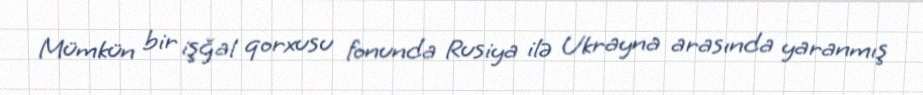
Mümkün bir işğal qorxusu fonunda Rusiya ilə Ukrayna arasında yaranmış